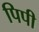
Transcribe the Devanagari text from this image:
पिपी